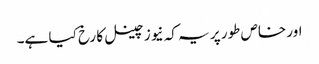
اور خاص طور پر یہ کہ نیوز چینل کا رخ کیا ہے۔